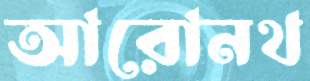
আরোনথ